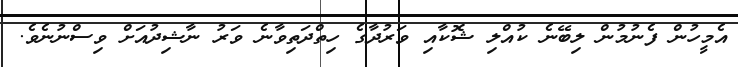
އެމީހުން ފެނުމުން ލިބޭނެ ކުއްލި ޝޮކާއި ވަރުދާގެ ހިތްދަތިވާނެ ވަރު ނާޝިދުއަށް ވިސްނުނެވެ.